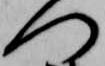
つ